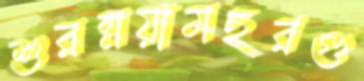
শুরম্নয়ামছরগু